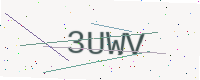
Text: 3UWV